Vaccination in Burma 1900-1911 - 1900-1911
Year: 1900
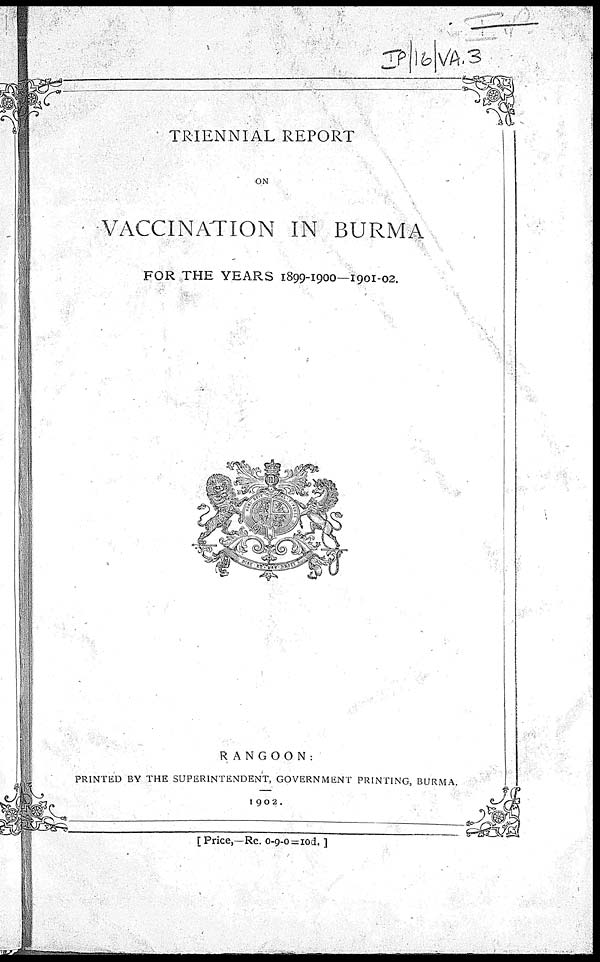
TRIENNIAL REPORT
ON
VACCINATION IN BURMA
FOR THE YEARS 1899-1900—1901-02.
RANGOON:
PRINTED BY THE SUPERINTENDENT, GOVERNMENT PRINTING, BURMA.
1902.
[ Price,—Re. 0-9-0=10d. ]